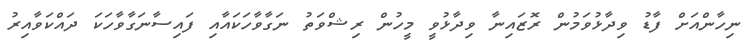
ނިހާންއަށް ފާޑު ވިދާޅުވަމުން ރޮޒައިނާ ވިދާޅުވީ މީހުން ރިޝްވަތު ނަގާވާހަކައާއި ފައިސާނަގާވާހަކަ ދައްކަވާއިރު